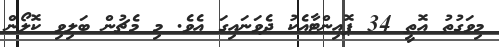
މިވަގުތު އޮތީ 34 ޕޮއިންޓާއެކު ދެވަނައިގަ އެވެ. މި މެޗުން ބަލިވި ކޮލޯން